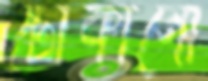
টোকানো